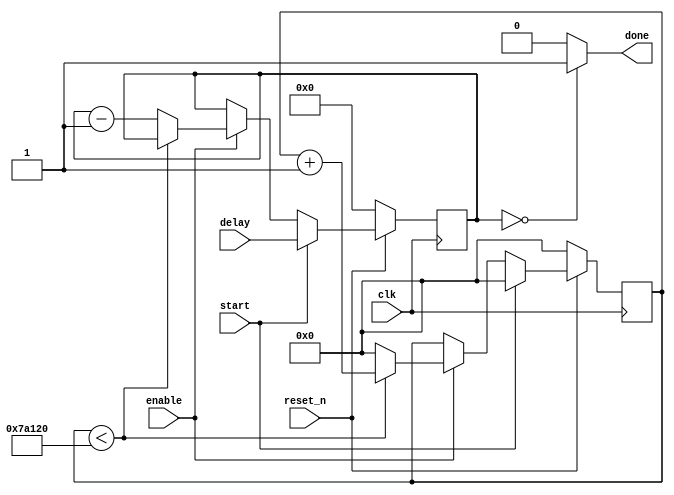
module delay_counter (input clk, reset_n, start, enable, input [7:0] delay, output done);
parameter BASIC_PERIOD=19'd500000;

// 19 bits to count up to 500,000
// for a 50 Mhz clock, the 1/100 second is 500,000 clock cycle,  that is 19'd500000
 reg [7:0] downcounter;
 reg [19:0] timer;
 
	always@(posedge clk)
		begin 
		
			if(!reset_n)
				begin
					timer <= 20'd0;
					downcounter <=8'h00;
				end
				
			else if (start == 1'b1)
				begin
					timer <=20'd0;
					downcounter <= delay; 
				end
				
			else if (enable == 1'b1)
				begin	
					if (timer<BASIC_PERIOD)
						timer <= timer + 20'd1;
						
					else
						begin 
							downcounter <= downcounter - 8'b1;
							timer <= 20'd0;
						end
						
				end
		end
		
	assign done = (downcounter == 8'b00000000)?1'b1:1'b0;
endmodule